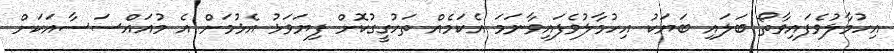
އިހުމާލުވެފައިވާތޯ ބަލައި ބަޔަކު އިހުމާލުވެފައިވާނަމަ އެކަމެއް ތަހުގީގުކޮށް ފިޔަވަޅު އެޅުމަށް އެ މުއައްސަސާއަކަށް